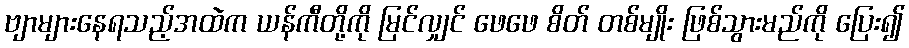
ဗျာများနေရသည့်အထဲက ယန်ကီတို့ကို မြင်လျှင် ဖေဖေ စိတ် တစ်မျိုး ဖြစ်သွားမည်ကို ပြေး၍